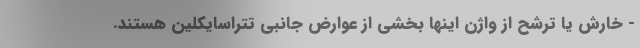
- خارش یا ترشح از واژن اینها بخشی از عوارض جانبی تتراسایکلین هستند.